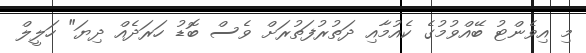
މި އިވެންޓު ބޭއްވުމުގެ ކެއުމާއި ދަތުރުފަތުރަށް ވެސް ބޮޑު ހަރަދެއް ދިޔަ" ހަލީލް